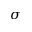
\sigma